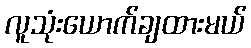
လူသုံးယောက်ချထားမယ်